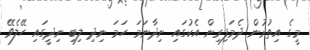
މީގެ އިތުރުން ދެމަފިރިން އެކުގައި ނިދާނަމަ ހަމަ ނިދި ލިބި ނިދީގައި ހޭލެވޭ